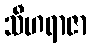
သီဟရာဇာ